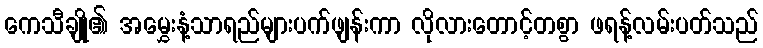
ကေသီချို၏ အမွှေးနံ့သာရည်များပက်ဖျန်းကာ လိုလားတောင့်တစွာ ဖရန့်လမ်းပတ်သည်